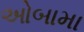
ઓબામા